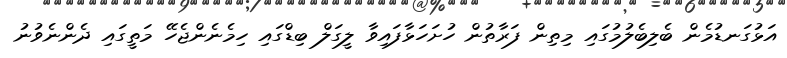
އަޅުގަނޑުމެން ބެލިބެލުމުގައި މިތިން ފަރާތުން ހުށަހަޅާފައިވާ ލީގަލް ބިޑްގައި ހިމެނެންޖެހޭ މަތީގައި ދެންނެވުނު